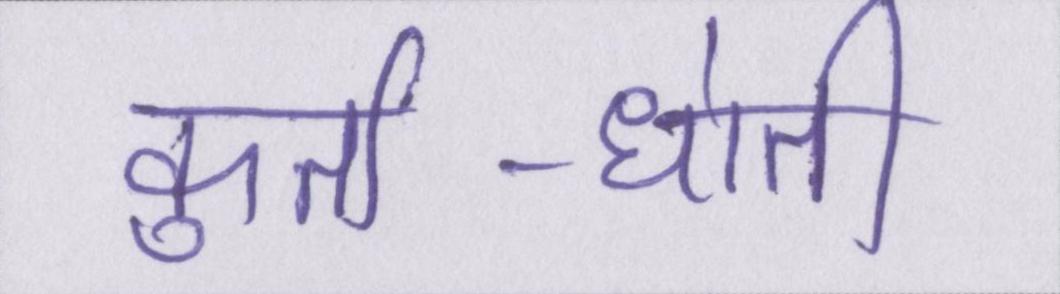
कुर्ता-धोती